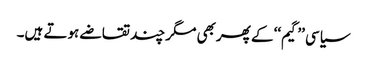
سیاسی ’’گیم‘‘ کے پھربھی مگر چند تقاضے ہوتے ہیں۔